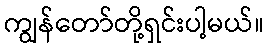
ကျွန်တော်တို့ရှင်းပါ့မယ်။